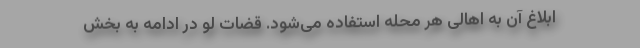
ابلاغ آن به اهالی هر محله استفاده می‌شود. قضات لو در ادامه به بخش